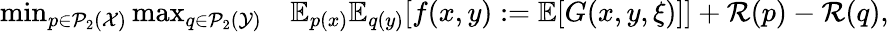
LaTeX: \begin{array}{rl}{\operatorname*{min}_{p\in\mathcal{P}_{2}(\mathcal{X})}\operatorname*{max}_{q\in\mathcal{P}_{2}(\mathcal{Y})}}&{\mathbb{E}_{p(x)}\mathbb{E}_{q(y)}[f(x,y):=\mathbb{E}[G(x,y,\xi)]]+{\cal R}(p)-{\cal R}(q),}\end{array}